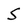
Character: 5